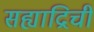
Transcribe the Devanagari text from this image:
सह्याद्रिची